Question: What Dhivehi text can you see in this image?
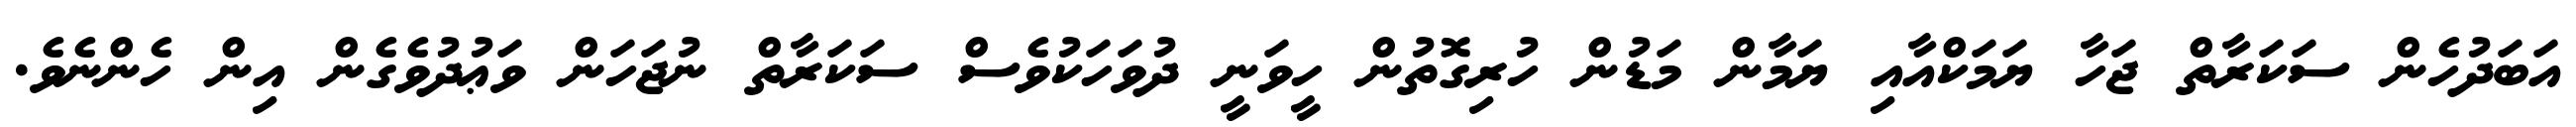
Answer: އަބަދުހެން ސަކަރާތް ޖަހާ ޔަމަކްއާއި ޔަމާން މަޑުން ހުރިގޮތުން ހީވަނީ ދުވަހަކުވެސް ސަކަރާތް ނުޖަހަން ވަޢުދުވެގެން އިން ހެންނެވެ.